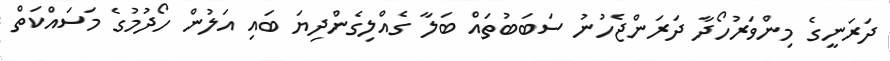
ދަރަނީގެ މިންވަރުހޯދާ ދަރަންޖެހުނު ސަބަބުތައް ބަލާ ގެއްލިގެންދިޔަ ބައި އަލުން ހޯދުމުގެ މަސައްކަތް